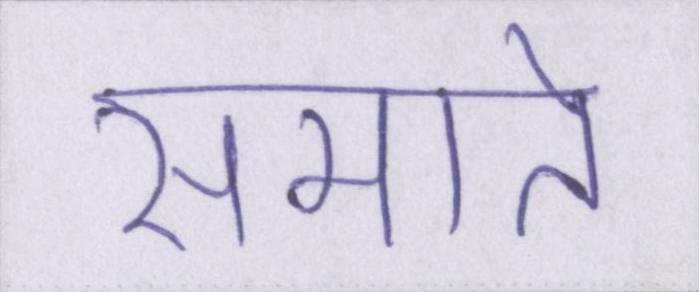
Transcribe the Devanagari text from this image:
समाते